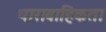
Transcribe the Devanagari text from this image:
धारावाहिकता